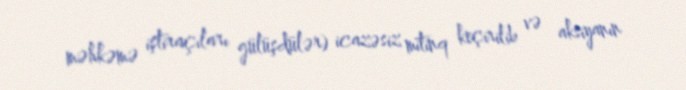
məhkəmə iştiraçıları gülüşdülər) icazəsiz mitinq keçirilib və aksiyanın